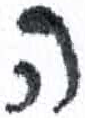
אות: ה